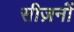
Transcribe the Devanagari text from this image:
सीज़नोंं